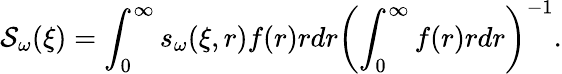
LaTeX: \mathcal{S}_{\omega}(\xi)=\int_{0}^{\infty}s_{\omega}(\xi,r)f(r)rdr\left(\int_{0}^{\infty}f(r)rdr\right)^{-1}.